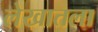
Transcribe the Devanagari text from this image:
लेखातला